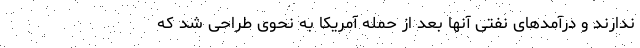
ندارند و درآمدهای نفتی آنها بعد از حمله آمریکا به نحوی طراحی شد که